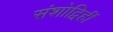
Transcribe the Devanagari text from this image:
संशोद्विहीं